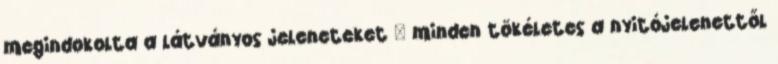
megindokolta a látványos jeleneteket – minden tökéletes a nyitójelenettől